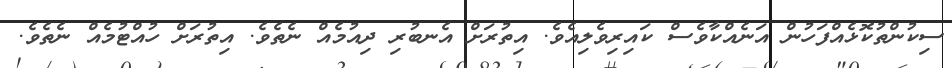
ސިކުންތުކޮޅެއްފަހުން އަނެއްކާވެސް ކައިރިވެލިއެވެ. އިތުރަށް އެނބުރި ދިއުމެއް ނެތެވެ. އިތުރަށް ހުއްޓުމެއް ނެތެވެ.